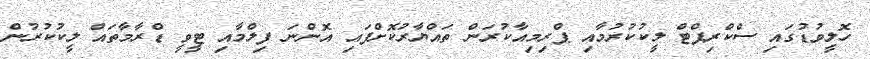
ހޮލީވުޑުގައި ސްކްރިޕްޓް ލީކުކުރުމާއި ޕްރިމިއާކުރަން ތައްޔާރުކޮށްފައި އޮންނަ ފިލްމާއި ޓީވީ ޑްރާމާތައް ލީކުކުރުން